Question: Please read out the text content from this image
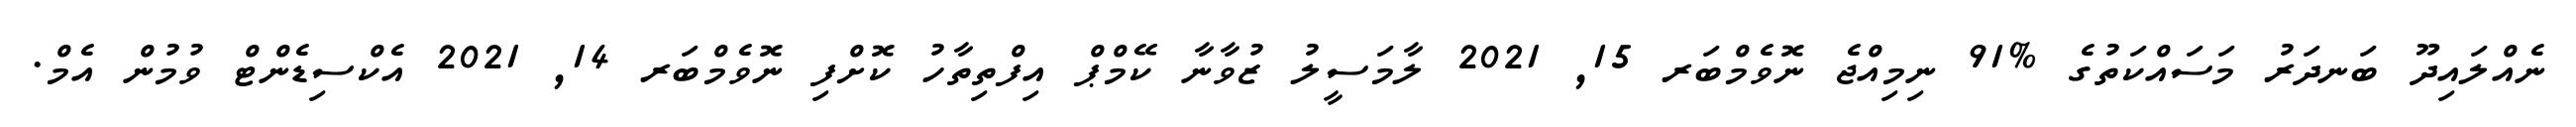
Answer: ނެއްލައިދޫ ބަނދަރު މަސައްކަތުގެ %91 ނިމިއްޖެ ނޮވެމްބަރ 15, 2021 ލާމަސީލު ޒުވާނާ ކޭމްޕް އިފްތިތާހު ކޮށްފި ނޮވެމްބަރ 14, 2021 އެކްސިޑެންޓް ވުމުން އެމް.